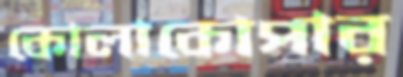
কোলাকোপার